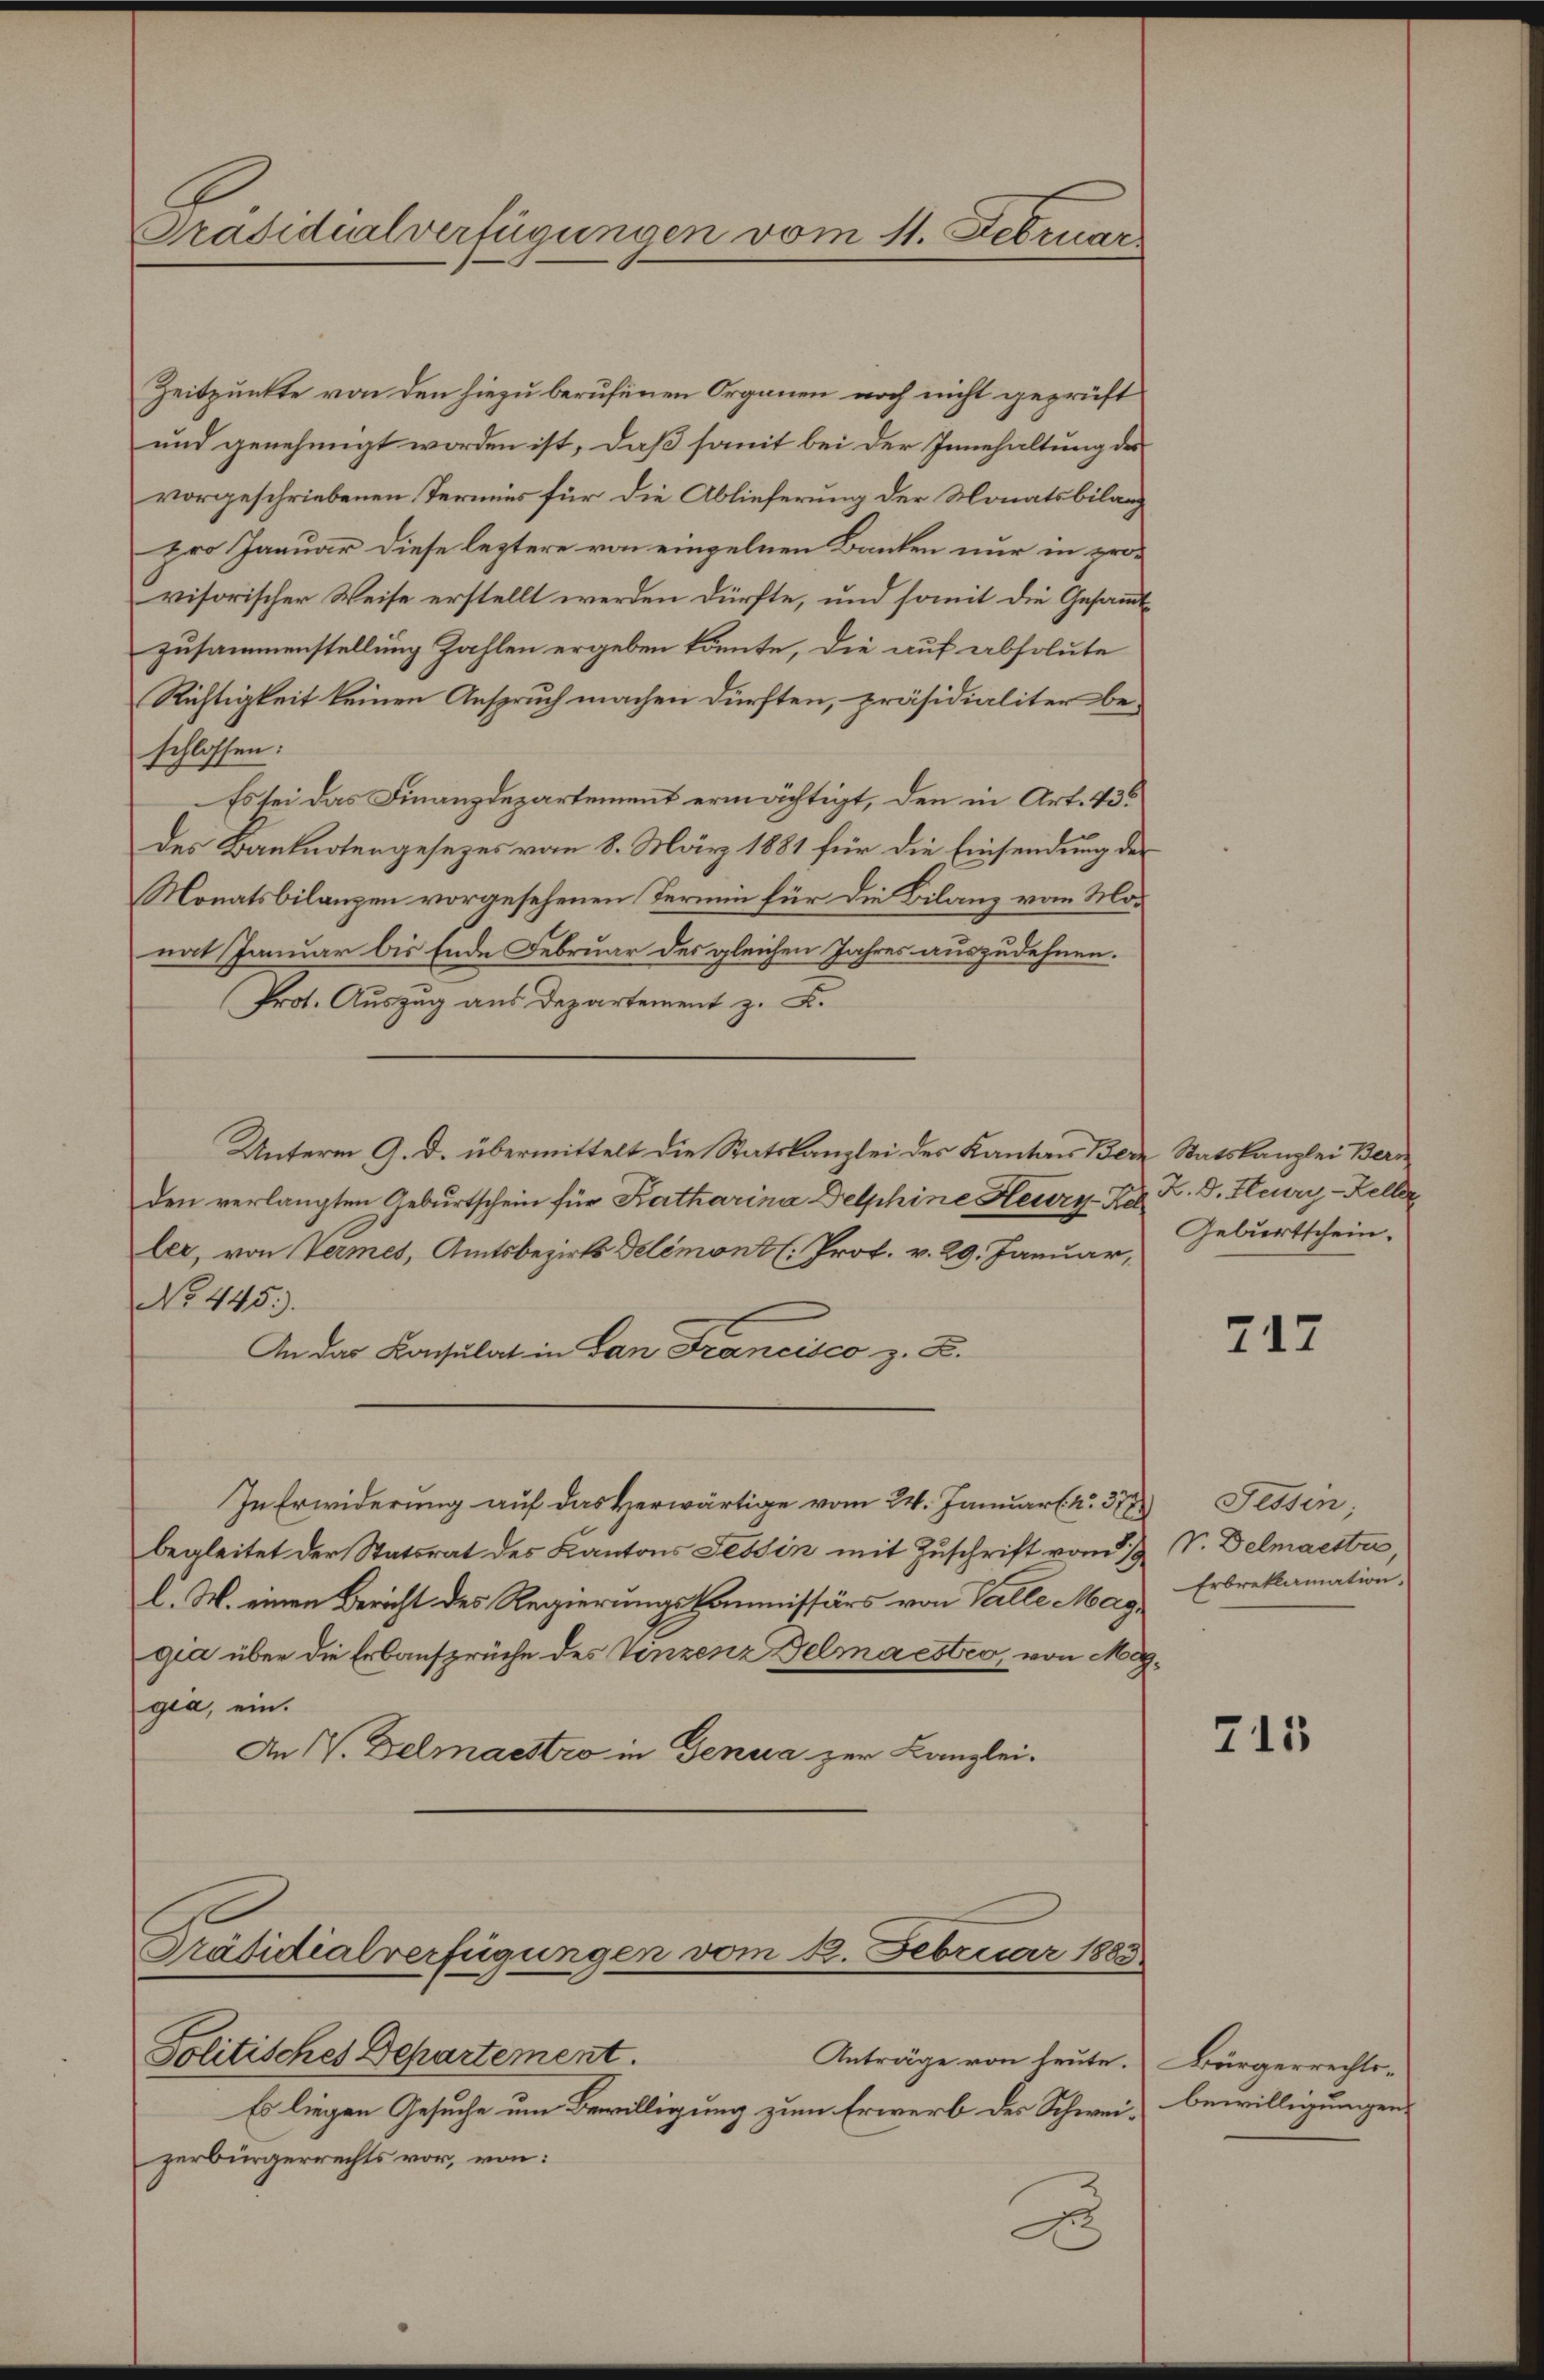
Präsidialverfügungen vom 11. Februar

Zeitpunkte von den hiezu berufenen Organen noch nicht geprüft
und genehmigt worden ist, daß somit bei der Innehaltung des
vorgeschriebenen Termins für die Ablieferung der Monatsbilanz
pro Januar diese leztere von einzelnen Banken nur in provisorischer Weise erstellt werden dürfte, und somit die Gesandtzusammenstellung Zahlen ergeben könnte, die auf absolute
Richtigkeit keinen Anspruch machen dürften, präsidialiter beschlossen:
Es sei das Finanzdepartement ermächtigt, den in Art. 43
des Banknotengesezes vom 8. März 1881 für die Einsendung der
Monatsbilanzen vorgesehenen Termin für die Bilanz vom Monat Januar bis Ende Februar des gleichen Jahres auszudehnen.
Prot. Auszug aus Departement z. B.
Unterm 9. d. übermittelt die Statskanzlei des Kantons Bern Statskanzlei Bern
den verlangten Geburtschein für Katharina Delphine Heury-Kel
ler, von Termes, Amtsbezirks Delémont (: Prof. v. 29. Januar,
No. 445.
An das Konsulat in Ban Francisco z. B.
In Erwiderung auf das Herwärtige vom 24. Januar (nr 51) Tessin,
begleitet der Statsrat des Kantons Tessin mit Zuschrift von 1/9
l. M. einen Bericht des Regierungskommissärs von Valle Maggia über die Erbansprüche des Vinzenz Delmalstro, von Möggia, ein.
An IV. Delmaestro in Genua zur Kanzlei-
Präsidialverfügungen vom 12. Februar 1883

Politisches Departement.
Anträge von heute.
Es liegen Gesuche um Bewilligung zum Erwerb der Schweiz bewilligungenzerbürgerrechts vor, von:
d

Z. D. Flury-Keller
Geburtschein.

717

V. Delmaester,
Erbreklamation.

215

Bürgerrechts¬